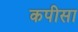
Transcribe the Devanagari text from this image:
कपीसा